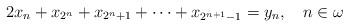
LaTeX: \begin{align*} 2x_n + x_{2^n} + x_{2^n+1} + \cdots + x_{2^{n+1}-1} = y_n, \ \ \ n \in \omega\end{align*}